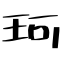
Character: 珂